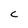
Character: c